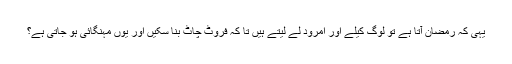
یہی کہ رمضان آتا ہے تو لوگ کیلے اور امرود لے لیتے ہیں تا کہ فروٹ چاٹ بنا سکیں اور یوں مہنگائی ہو جاتی ہے؟